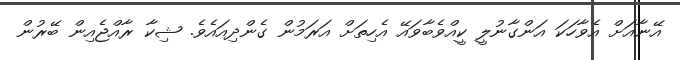
އޭނާއަށް އެވާހަކަ އަންގާނުލީ ކީއްވެބާވައޭ އެހިތަށް އަރަމުން ގެންދިއައެވެ. ޝިކާ ރާއްޖެއިން ބޭރުން